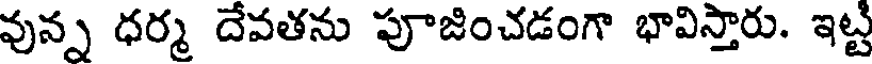
వున్న ధర్మ దేవతను పూజించడంగా భావిస్తారు. ఇట్ట